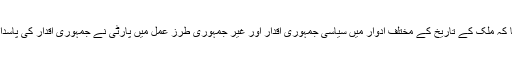
انہوں نے کہا کہ ملک کے تاریخ کے مختلف ادوار میں سیاسی جمہوری اقدار اور غیر جمہوری طرز عمل میں پارٹی نے جمہوری اقدار کی پاسداری کی ہے ۔